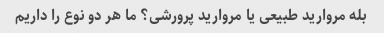
بله مروارید طبیعی یا مروارید پرورشی؟ ما هر دو نوع را داریم